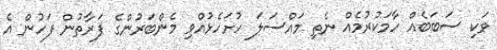
ވަކި ސަބަބެއް ހާމަކުރުމެއް ނެތި މައްސަލަ ހުށަހެޅުއްވި މެންބަރުންގެ ފަރާތުން ފަހުން އެ